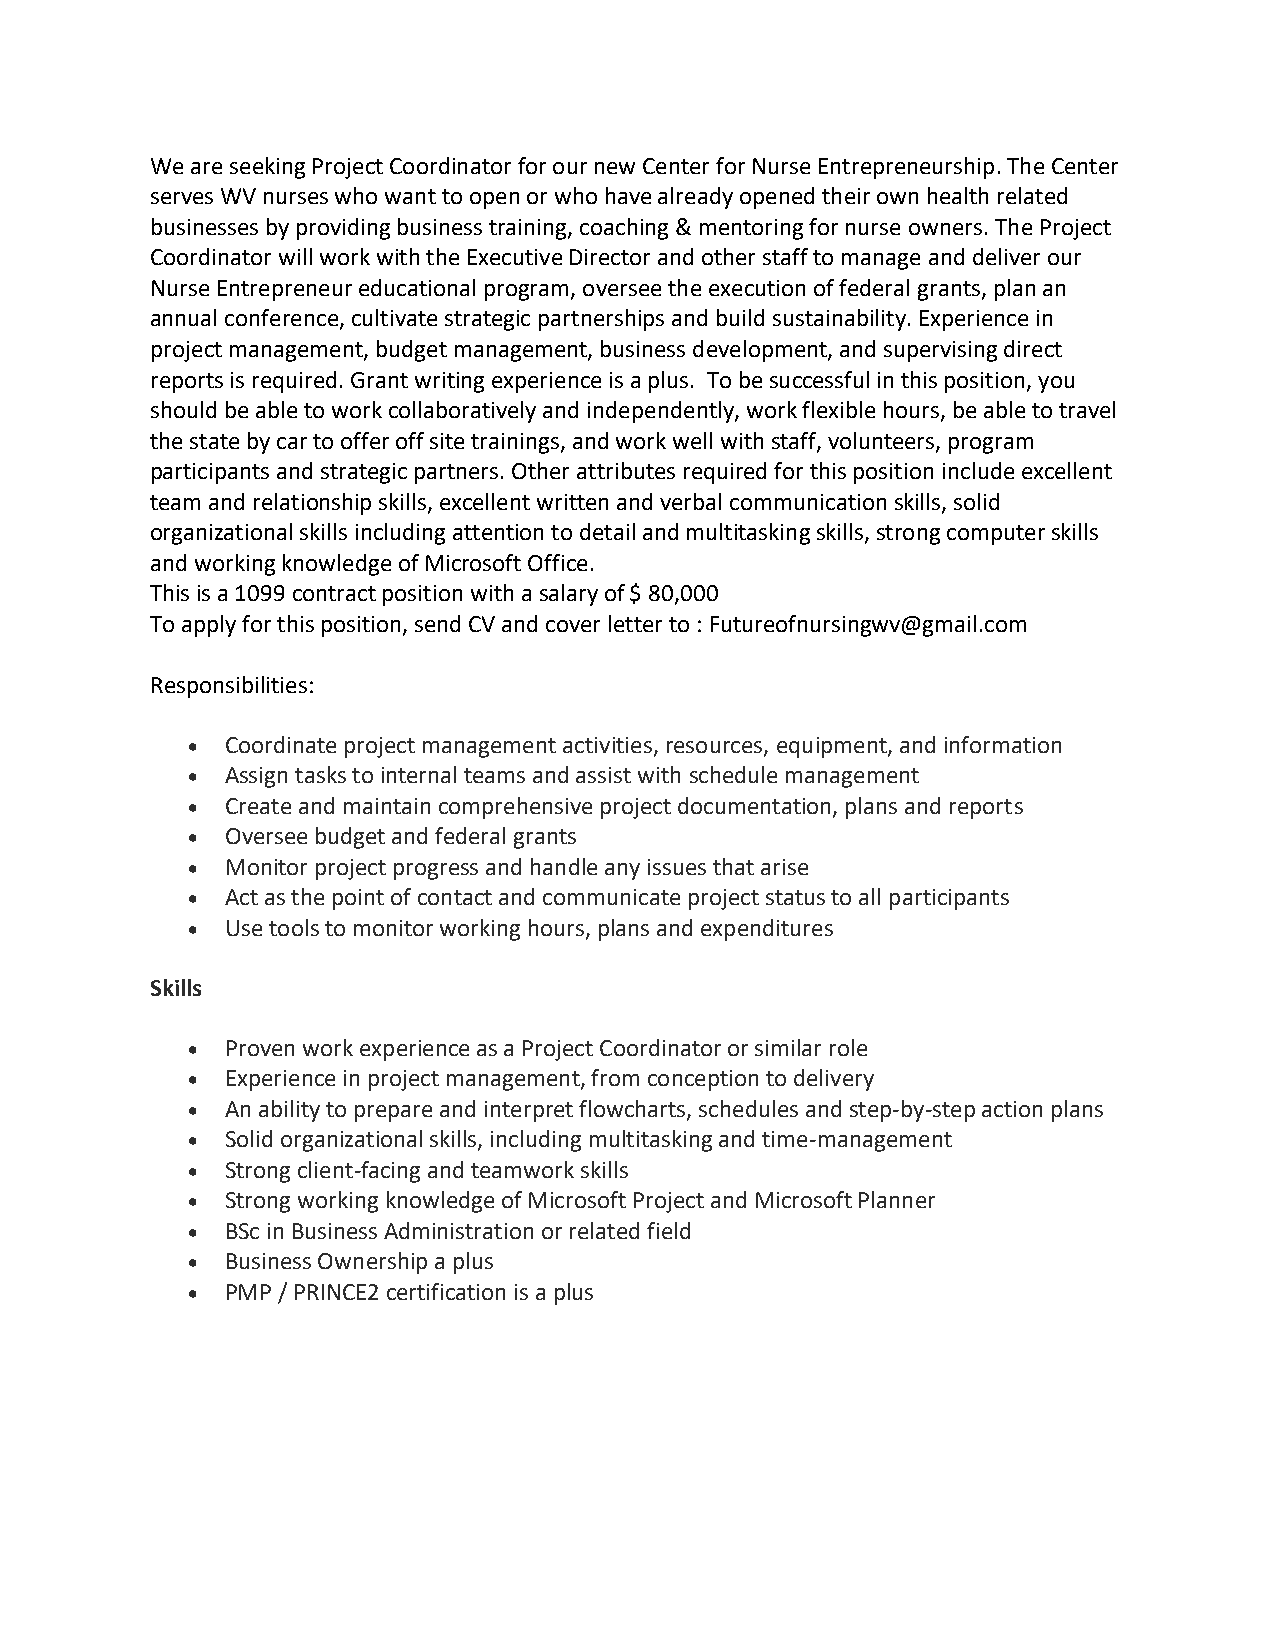
We are seeking Project Coordinator for our new Center for Nurse Entrepreneurship. The Center
 serves WV nurses who want to open or who have already opened their own health related
 businesses by providing business training, coaching & mentoring for nurse owners. The Project
 Coordinator will work with the Executive Director and other staff to manage and deliver our
 Nurse Entrepreneur educational program, oversee the execution of federal grants, plan an
 annual conference, cultivate strategic partnerships and build sustainability. Experience in
 project management, budget management, business development, and supervising direct
 reports is required. Grant writing experience is a plus. To be successful in this position, you
 should be able to work collaboratively and independently, work flexible hours, be able to travel
 the state by car to offer off site trainings, and work well with staff, volunteers, program
 participants and strategic partners. Other attributes required for this position include excellent
 team and relationship skills, excellent written and verbal communication skills, solid
 organizational skills including attention to detail and multitasking skills, strong computer skills
 and working knowledge of Microsoft Office.
 This is a 1099 contract position with a salary of $ 80,000
 To apply for this position, send CV and cover letter to : Futureofnursingwv@gmail.com
 Responsibilities:
 •  Coordinate project management activities, resources, equipment, and information
 •  Assign tasks to internal teams and assist with schedule management
 •  Create and maintain comprehensive project documentation, plans and reports
 •  Oversee budget and federal grants
 •  Monitor project progress and handle any issues that arise
 •  Act as the point of contact and communicate project status to all participants
 •  Use tools to monitor working hours, plans and expenditures
 Skills
 •  Proven work experience as a Project Coordinator or similar role
 •  Experience in project management, from conception to delivery
 •  An ability to prepare and interpret flowcharts, schedules and step-by-step action plans
 •  Solid organizational skills, including multitasking and time-management
 •  Strong client-facing and teamwork skills
 •  Strong working knowledge of Microsoft Project and Microsoft Planner
 •  BSc in Business Administration or related field
 •  Business Ownership a plus
 •  PMP / PRINCE2 certification is a plus